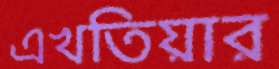
এখতিয়ার